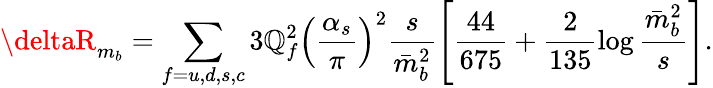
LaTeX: \deltaR_{m_{b}}=\sum_{f=u,d,s,c}3\mathbb{Q}_{f}^{2}\left(\frac{{\alpha_{s}}}{{\pi}}\right)^{2}\frac{{s}}{{\bar{{m}}_{b}^{2}}}\left[\frac{{44}}{{675}}+\frac{{2}}{{135}}\log\frac{{\bar{{m}}_{b}^{2}}}{{s}}\right].